Annual report of the Camel Specialist
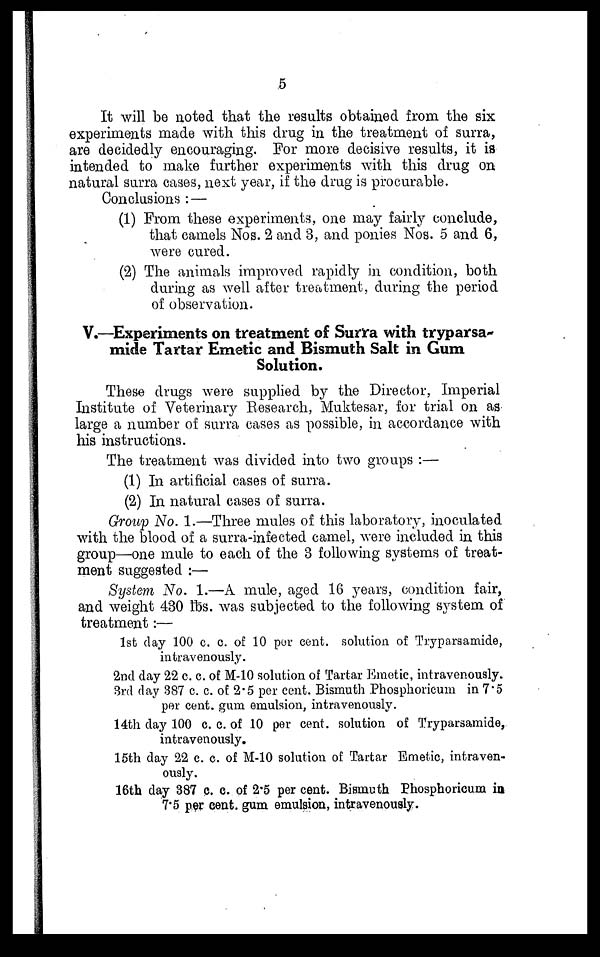
5
It will be noted that the results obtained from the six
experiments made with this drug in the treatment of surra,
are decidedly encouraging. For more decisive results, it is
intended to make further experiments with this drug on
natural surra cases, next year, if the drug is procurable.
Conclusions : —
(1) From these experiments, one may fairly conclude,
that camels Nos. 2 and 3, and ponies Nos. 5 and 6,
were cured.
(2) The animals improved rapidly in condition, both
during as well after treatment, during the period
of observation.
V.—Experiments on treatment of Surra with tryparsa¬
mide Tartar Emetic and Bismuth Salt in Gum
Solution.
These drugs were supplied by the Director, Imperial
Institute of Veterinary Research, Muktesar, for trial on as
large a number of surra cases as possible, in accordance with
his instructions.
The treatment was divided into two groups :—
(1) In artificial cases of surra.
(2) In natural cases of surra.
Group No. 1.—Three mules of this laboratory, inoculated
with the blood of a surra-infected camel, were included in this
group—one mule to each of the 3 following systems of treat-
ment suggested :—
System No. 1.—A mule, aged 16 years, condition fair,
and weight 430 lbs. was subjected to the following system of
treatment:—
1st day 100 c. c. of 10 per cent. solution of Tryparsamide,
intravenously.
2nd day 22 c. c. of M-10 solution of Tartar Emetic, intravenously.
3rd day 387 c. c. of 2.5 per cent. Bismuth Phosphoricum in 7.5
per cent. gum emulsion, intravenously.
14th day 100 c. c. of 10 per cent. solution of Tryparsamide,
intravenously.
15th day 22 c. c. of M-10 solution of Tartar Emetic, intraven-
ously.
16th day 387 c. c. of 2.5 per cent. Bismuth Phosphoricum in
7.5 per cent. gum emulsion, intravenously.